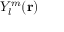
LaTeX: Y _ { l } ^ { m } ( \mathbf { r } )